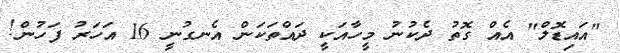
"އައިޑޮލް" އެއް ގޮތު ދެކުނު މީހާއަކީ ދައްތަކަން އެނގުނީ 16 އަހަރު ފަހުން!